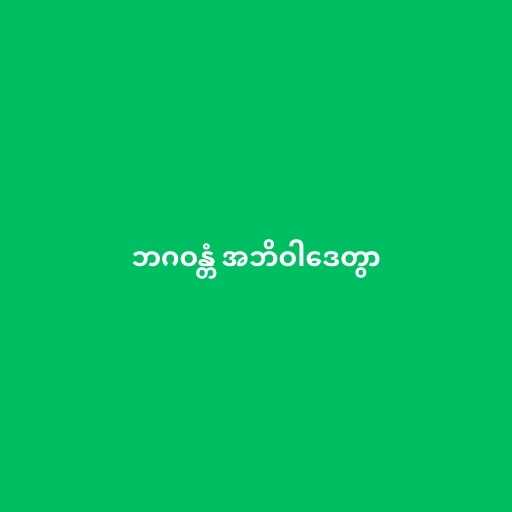
ဘဂဝန္တံ အဘိဝါဒေတွာ